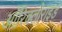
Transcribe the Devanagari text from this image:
ऑरिक्लोराइड